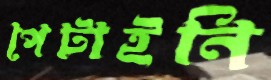
পেটাইনি